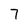
Character: 7